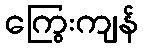
ကြွေးကျန်